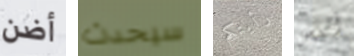
أضن سيحدث رأيتكم أليس